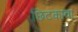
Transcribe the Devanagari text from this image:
छिटकावा